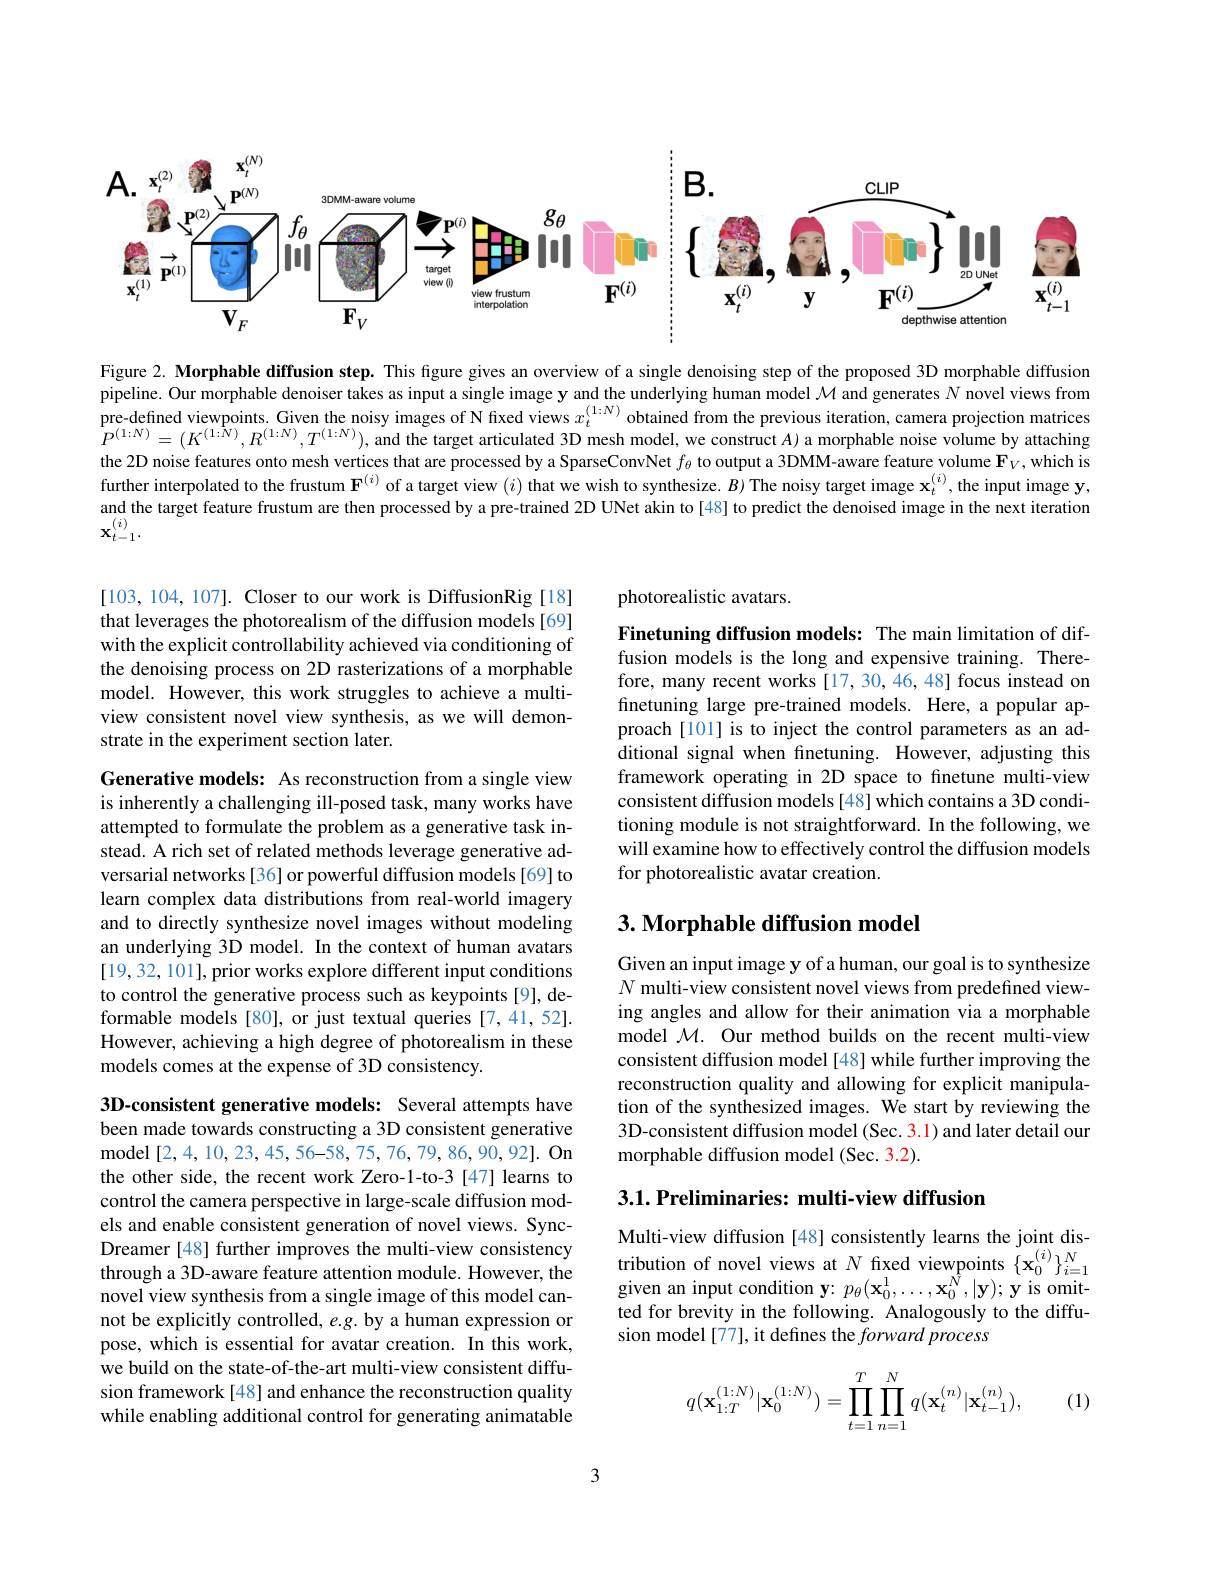
<FigureHere>

Figure 2. Morphable diffusion step. This figure gives an overview of a single denoising step of the proposed 3D morphable diffusion pipeline. Our morphable denoiser takes as input a single image y and the underlying human model $\mathcal{M}$ and generates $N$ novel views from pre-defined viewpoints. Given the noisy images of N fixed views $x_t^{(1:N)}$ obtained from the previous iteration, camera projection matrices $P^{(1:N)}=(K^{(1:N)},R^{(1:N)},T^{(1:N)})$, and the target articulated 3D mesh model, we construct A) a morphable noise volume by attaching the 2D noise features onto mesh vertices that are processed by a SparseConvNet $f_{\theta}$ to output a 3DMM-aware feature volume $\mathbf{F}_V$,which is further interpolated to the frustum $\mathbf{F}^{(i)}$ of a target view $(i)$ that we wish to synthesize. $B$ The noisy target image $\mathbf{x}_t^{(i)}$,the input image y, and the target feature frustum are then processed by a pre-trained 2D UNet akin to[48] to predict the denoised image in the next iteration $\mathbf{x}_{t-1}^{(i)}.$

[103,104,107]. Closer to our work is DiffusionRig [18] that leverages the photorealism of the diffusion models[69] with the explicit controllability achieved via conditioning of the denoising process on 2D rasterizations of a morphable model. However, this work struggles to achieve a multiview consistent novel view synthesis, as we will demonstrate in the experiment section later.

Generative models: As reconstruction from a single view is inherently a challenging ill-posed task, many works have attempted to formulate the problem as a generative task instead. A rich set of related methods leverage generative adversarial networks [36] or powerful diffusion models [69] to learn complex data distributions from real-world imagery and to directly synthesize novel images without modeling an underlying 3D model. In the context of human avatars [19,32,101], prior works explore different input conditions to control the generative process such as keypoints [9], deformable models [80], or just textual queries [7,41,52]. However, achieving a high degree of photorealism in these models comes at the expense of 3D consistency.

3D-consistent generative models: Several attempts have been made towards constructing a 3D consistent generative model[2,4,10,23,45,56-58,75,76,79,86,90,92]. On the other side, the recent work Zero-1-to-3 [47] learns to control the camera perspective in large-scale diffusion models and enable consistent generation of novel views. SyncDreamer [48] further improves the multi-view consistency through a 3D-aware feature attention module. However, the novel view synthesis from a single image of this model cannot be explicitly controlled, e.g. by a human expression or pose, which is essential for avatar creation. In this work, we build on the state-of-the-art multi-view consistent diffusion framework [48] and enhance the reconstruction quality while enabling additional control for generating animatable

photorealistic avatars.

Finetuning diffusion models: The main limitation of diffusion models is the long and expensive training. Therefore, many recent works [17,30,46,48] focus instead on finetuning large pre-trained models. Here, a popular approach [101] is to inject the control parameters as an additional signal when fnetuning. However, adjusting this framework operating in 2D space to finetune multi-view consistent diffusion models [48] which contains a 3D conditioning module is not straightforward. In the following, we will examine how to effectively control the diffusion models for photorealistic avatar creation.

## 3. Morphable diffusion model

Given an input image y of a human, our goal is to synthesize $\hat{N\text{ multi-view consistent novel views from predefined view-}}$ ing angles and allow for their animation via a morphable model $\mathcal{M}.$ Our method builds on the recent multi-view consistent diffusion model [48] while further improving the reconstruction quality and allowing for explicit manipulation of the synthesized images. We start by reviewing the 3D-consistent diffusion model (Sec. 3.1) and later detail our morphable diffusion model (Sec. 3.2).

3.1. Preliminaries: multi-view diffusion

Multi-view diffusion [48] consistently learns the joint distribution of novel views at $N$ fixed viewpoints $\{\mathbf{x}_0^{(i)}\}_{i=1}^N$ given an input condition y: $p_\theta(\mathbf{x}_0^1,\ldots,\mathbf{x}_0^{\hat{N}},|\mathbf{y});\mathbf{y}$ is omitted for brevity in the following. Analogously to the diffusion model[77], it defines the forward process
$$q(\mathbf{x}_{1:T}^{(1:N)}|\mathbf{x}_0^{(1:N)})=\prod_{t=1}^T\prod_{n=1}^Nq(\mathbf{x}_t^{(n)}|\mathbf{x}_{t-1}^{(n)}),$$
(1)

3